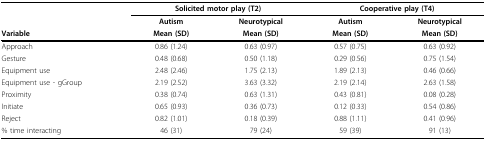
<table><thead><tr><td></td><td colspan="2"><b>Solicited motor play (T2)</b></td><td colspan="2"><b>Cooperative play (T4)</b></td></tr><tr><td></td><td><b>Autism</b></td><td><b>Neurotypical</b></td><td><b>Autism</b></td><td><b>Neurotypical</b></td></tr><tr><td><b>Variable</b></td><td><b>Mean (SD)</b></td><td><b>Mean (SD)</b></td><td><b>Mean (SD)</b></td><td><b>Mean (SD)</b></td></tr></thead><tbody><tr><td>Approach</td><td>0.86 (1.24)</td><td>0.63 (0.97)</td><td>0.57 (0.75)</td><td>0.63 (0.92)</td></tr><tr><td>Gesture</td><td>0.48 (0.68)</td><td>0.50 (1.18)</td><td>0.29 (0.56)</td><td>0.75 (1.54)</td></tr><tr><td>Equipment use</td><td>2.48 (2.46)</td><td>1.75 (2.13)</td><td>1.89 (2.13)</td><td>0.46 (0.66)</td></tr><tr><td>Equipment use - gGroup</td><td>2.19 (2.52)</td><td>3.63 (3.32)</td><td>2.19 (2.14)</td><td>2.63 (1.58)</td></tr><tr><td>Proximity</td><td>0.38 (0.74)</td><td>0.63 (1.31)</td><td>0.43 (0.81)</td><td>0.08 (0.28)</td></tr><tr><td>Initiate</td><td>0.65 (0.93)</td><td>0.36 (0.73)</td><td>0.12 (0.33)</td><td>0.54 (0.86)</td></tr><tr><td>Reject</td><td>0.82 (1.01)</td><td>0.18 (0.39)</td><td>0.88 (1.11)</td><td>0.41 (0.96)</td></tr><tr><td>% time interacting</td><td>46 (31)</td><td>79 (24)</td><td>59 (39)</td><td>91 (13)</td></tr></tbody></table>